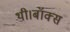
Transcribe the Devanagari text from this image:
थी।बॉक्स